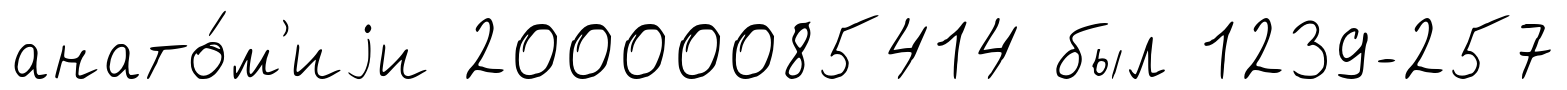
анато́м'иjи 20000085414 был 1239-257